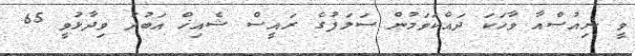
ވީ ނިއުސްއާ ވާހަކަ ދައްކަވަމުން ސަލަފުގެ ރައީސް ޝެއިޚް އަބުދު ވިދާޅުވީ 65